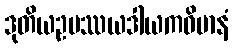
ဒုတိယဥပဿယဒါယကဝိမာနံ